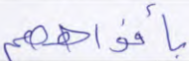
بأفواههم